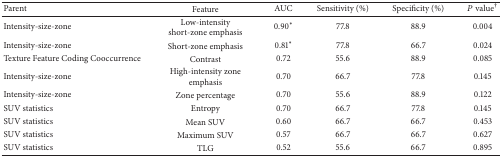
| Parent | Feature | AUC | Sensitivity (%) | Specificity (%) | P value† |
 | --- | --- | --- | --- | --- | --- |
 | Intensity-size-zone | Low-intensity short-zone emphasis | 0.90* | 77.8 | 88.9 | 0.004 |
 | Intensity-size-zone | Short-zone emphasis | 0.81* | 77.8 | 66.7 | 0.024 |
 | Texture Feature Coding Cooccurrence | Contrast | 0.72 | 55.6 | 88.9 | 0.085 |
 | Intensity-size-zone | High-intensity zone emphasis | 0.70 | 66.7 | 77.8 | 0.145 |
 | Intensity-size-zone | Zone percentage | 0.70 | 55.6 | 88.9 | 0.122 |
 | SUV statistics | Entropy | 0.70 | 66.7 | 77.8 | 0.145 |
 | SUV statistics | Mean SUV | 0.60 | 66.7 | 66.7 | 0.453 |
 | SUV statistics | Maximum SUV | 0.57 | 66.7 | 66.7 | 0.627 |
 | SUV statistics | TLG | 0.52 | 55.6 | 66.7 | 0.895 |